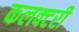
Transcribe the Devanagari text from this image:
कलक्‍टरी